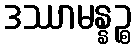
ဒဿာမန္နဉ္စ